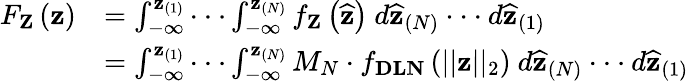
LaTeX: \begin{array}{rl}{F_{\mathbf{Z}}\left(\mathbf{z}\right)}&{=\int_{-\infty}^{\mathbf{z}_{(1)}}\cdot\cdot\cdot\int_{-\infty}^{\mathbf{z}_{(N)}}f_{\mathbf{Z}}\left(\mathbf{\widehat{z}}\right)\ d\mathbf{\widehat{z}}_{(N)}\cdot\cdot\cdot d\mathbf{\widehat{z}}_{(1)}}\\ &{=\int_{-\infty}^{\mathbf{z}_{(1)}}\cdot\cdot\cdot\int_{-\infty}^{\mathbf{z}_{(N)}}M_{N}\cdot f_{\mathbf{DLN}}\left(\lvert\lvert\mathbf{z}\rvert\rvert_{2}\right)\ d\mathbf{\widehat{z}}_{(N)}\cdot\cdot\cdot d\mathbf{\widehat{z}}_{(1)}}\end{array}